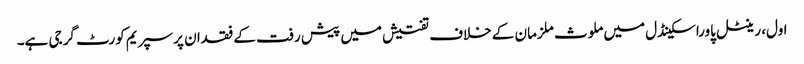
اول، رینٹل پاوراسکینڈل میں ملوث ملزمان کے خلاف تفتیش میں پیش رفت کے فقدان پر سپریم کورٹ گرجی ہے۔